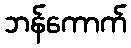
ဘန်ကောက်